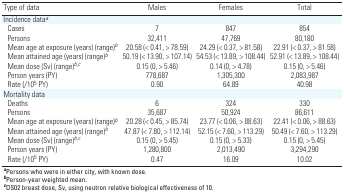
<table><thead><tr><td><b>Type of data</b></td><td><b>Males</b></td><td><b>Females</b></td><td><b>Total</b></td></tr></thead><tbody><tr><td><b>Incidence data<sup><i>a</i></sup></b></td></tr><tr><td><b>Cases</b></td><td>7</td><td>847</td><td>854</td></tr><tr><td><b>Persons</b></td><td>32,411</td><td>47,769</td><td>80,180</td></tr><tr><td><b>Mean age at exposure (years) (range)<sup><i>b</i></sup></b></td><td>20.58 (&lt; 0.41, &gt; 78.59)</td><td>24.29 (&lt; 0.37, &gt; 81.58)</td><td>22.91 (&lt; 0.37, &gt; 81.58)</td></tr><tr><td><b>Mean attained age (years) (range)<sup><i>b</i></sup></b></td><td>50.19 (&lt; 13.90, &gt; 107.14)</td><td>54.53 (&lt; 13.89, &gt; 108.44)</td><td>52.91 (&lt; 13.89, &gt; 108.44)</td></tr><tr><td><b>Mean dose (Sv) (range)<sup><i>b</i></sup><sup>,</sup><sup><i>c</i></sup></b></td><td>0.15 (0, &gt; 5.46)</td><td>0.14 (0, &gt; 4.78)</td><td>0.15 (0, &gt; 5.46)</td></tr><tr><td><b>Person years (PY)</b></td><td>778,687</td><td>1,305,300</td><td>2,083,987</td></tr><tr><td><b>Rate (/10<sup>5</sup> PY)</b></td><td>0.90</td><td>64.89</td><td>40.98</td></tr><tr><td><b>Mortality data</b></td></tr><tr><td><b>Deaths</b></td><td>6</td><td>324</td><td>330</td></tr><tr><td><b>Persons</b></td><td>35,687</td><td>50,924</td><td>86,611</td></tr><tr><td><b>Mean age at exposure (years) (range)<sup><i>b</i></sup></b></td><td>20.28 (&lt; 0.45, &gt; 85.74)</td><td>23.77 (&lt; 0.06, &gt; 88.63)</td><td>22.41 (&lt; 0.06, &gt; 88.63)</td></tr><tr><td><b>Mean attained age (years) (range)<sup><i>b</i></sup></b></td><td>47.87 (&lt; 7.80, &gt; 112.14)</td><td>52.15 (&lt; 7.60, &gt; 113.29)</td><td>50.49 (&lt; 7.60, &gt; 113.29)</td></tr><tr><td><b>Mean dose (Sv) (range)<sup><i>b</i></sup><sup>,</sup><sup><i>c</i></sup></b></td><td>0.15 (0, &gt; 5.45)</td><td>0.15 (0, &gt; 5.33)</td><td>0.15 (0, &gt; 5.45)</td></tr><tr><td><b>Person years (PY)</b></td><td>1,280,800</td><td>2,013,490</td><td>3,294,290</td></tr><tr><td><b>Rate (/10<sup>5</sup> PY)</b></td><td>0.47</td><td>16.09</td><td>10.02</td></tr><tr><td colspan="4"><sup><i><b>a</b></i></sup>Persons who were in either city, with known dose. <sup><i><b>b</b></i></sup>Person-year weighted mean. <sup><i><b>c</b></i></sup>DS02 breast dose, Sv, using neutron relative biological effectiveness of 10.</td></tr></tbody></table>